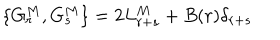
\{ G _ { r } ^ { M } , G _ { s } ^ { M } \} = 2 L _ { r + s } ^ { M } + B ( r ) \delta _ { r + s }